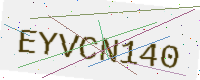
Text: EYVCN140